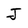
Character: J